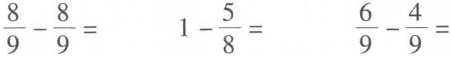
$$\frac{8}{9} - \frac{8}{9} =$$$$1 - \frac{5}{8} =$$$$\frac{6}{9} - \frac{4}{9} =$$